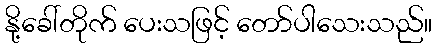
နို့ခေါ်တိုက် ပေးသဖြင့် တော်ပါသေးသည်။